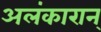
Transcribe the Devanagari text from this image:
अलंकारान्